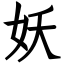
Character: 妖